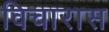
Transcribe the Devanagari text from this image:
विचारास